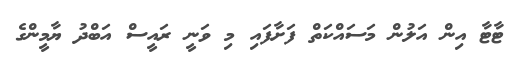
ޓާޓާ އިން އަލުން މަސައްކަތް ފަށާފައި މި ވަނީ ރައީސް އަބްދު ޔާމީންގެ